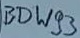
Text: BDW93